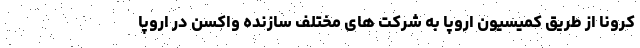
کرونا از طریق کمیسیون اروپا به شرکت های مختلف سازنده واکسن در اروپا